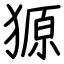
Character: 獂